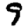
Digit: 9